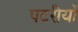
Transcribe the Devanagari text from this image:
पटरीयों